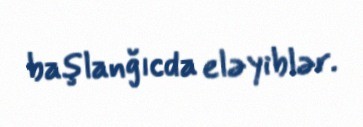
başlanğıcda eləyiblər.